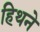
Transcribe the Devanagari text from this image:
हिथने